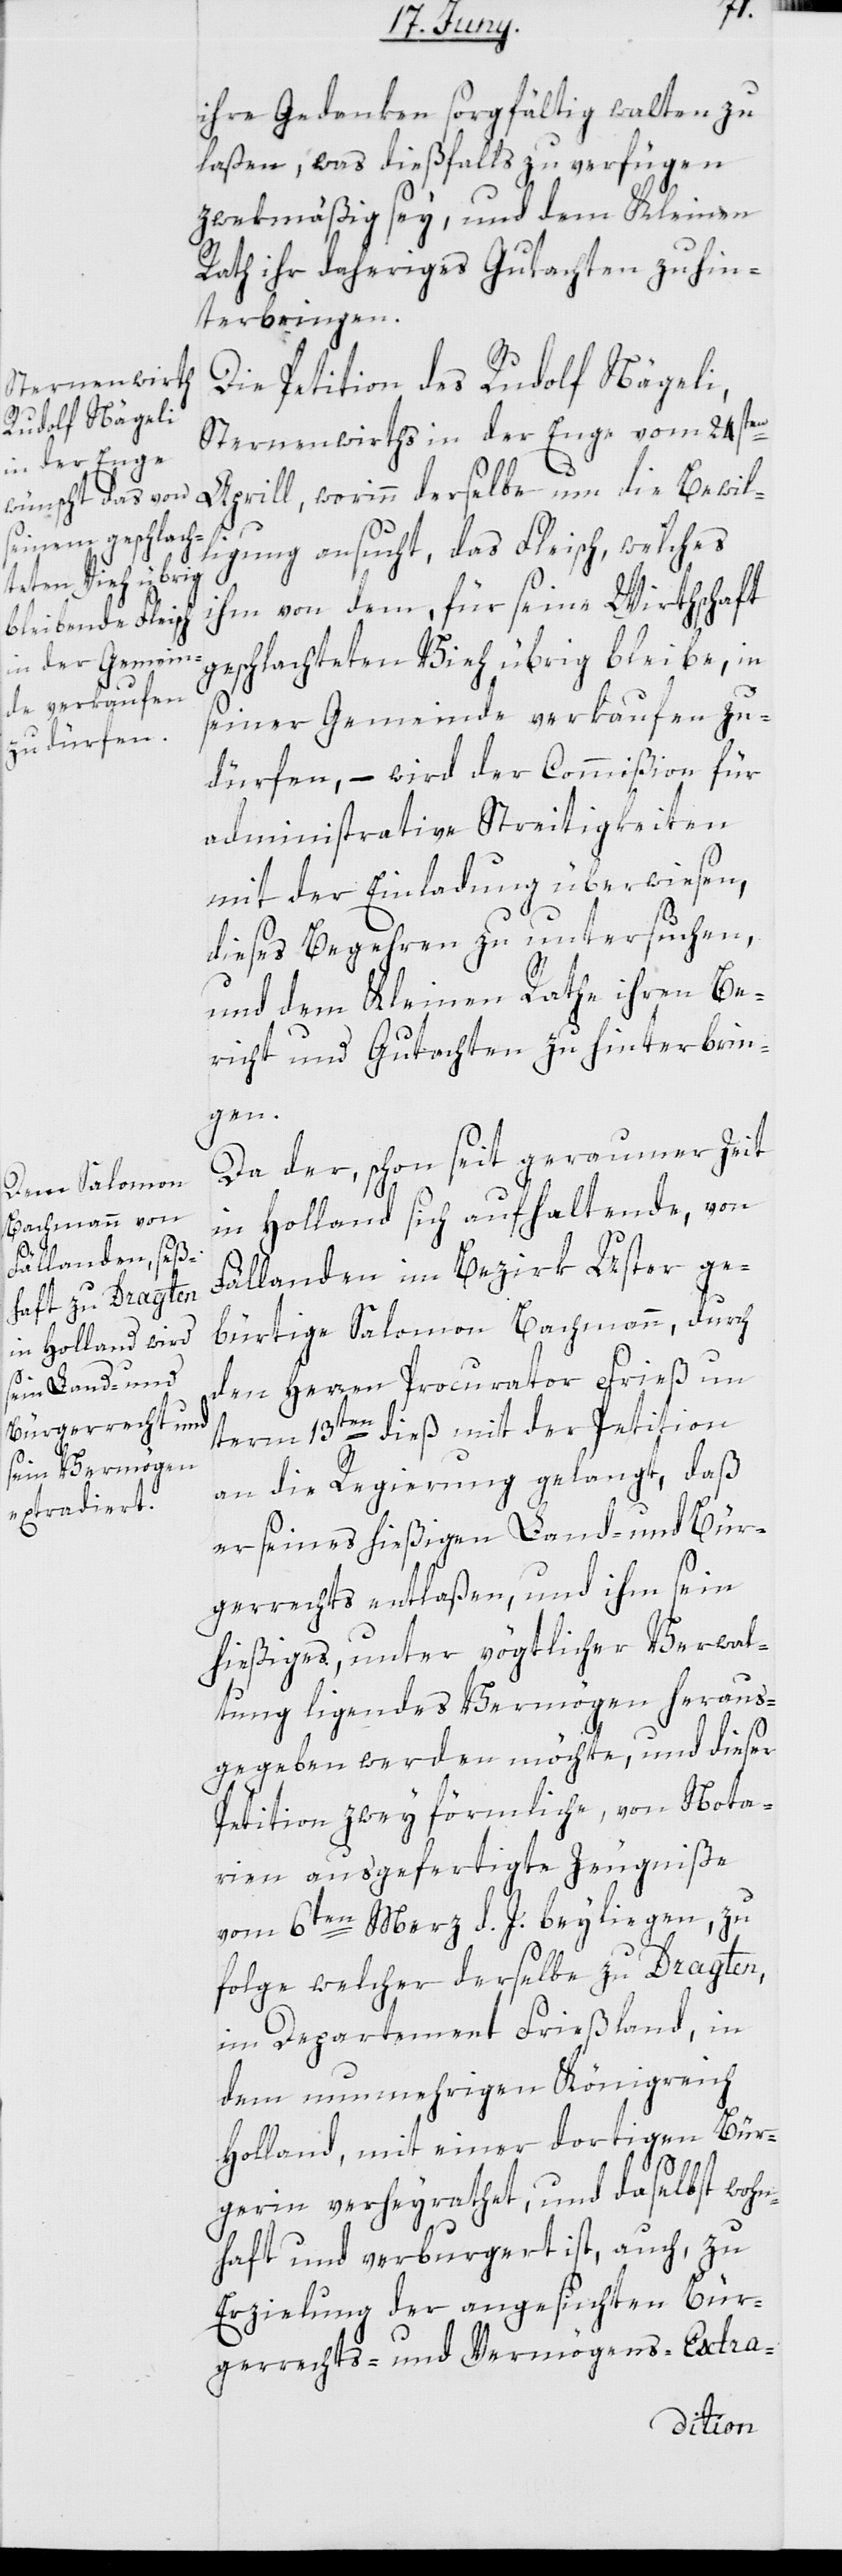
ihre Gedanken sorgfältig walten zu
laßen, was dießfalls zu verfügen
zwekmäßig sey, und dem Kleinen
Rath ihr daheriges Gutachten zu hin¬
terbringen.
Die Petition des Rudolf Nägeli,
Sternenwirths in der Enge vom 24sten
Aprill, worinn derselbe um die Bewil¬
li¬
gung ansucht, das Fleisch, welches
ihm von dem für seine Wirthschaft
geschlachteten Vieh übrig bleibe, in
seiner Gemeinde verkaufen zu
dürfen, – wird der Commißion für
administrative Streitigkeiten
mit der Einladung überwiesen,
dieses Begehren zu untersuchen,
und dem Kleinen Rathe ihren Be¬
richt und Gutachten zu hinterbrin¬
gen.
Da der, schon seit geraumer Zeit
in Holland sich aufhaltende, von
Fällanden im Bezirk Uster ge¬
bürtige Salomon Bachmann, durch
den Herren Procurator Frieß un¬
term 13ten dieß mit der Petition
an die Regierung gelangt, daß
er seines hießigen Land- und Bür¬
gerrechts entlaßen, und ihm sein
hießiges, unter vögtlicher Verwal¬
tung ligendes Vermögen heraus¬
gegeben werden möchte, und dieser
Petition zwey förmliche, von Nota¬
rien ausgefertigte Zeugniße
vom 6ten Merz d. J. beyliegen, zu
folge welcher derselbe zu Dragten,
im Departement Frießland, in
dem nunmehrigen Königreich
Holland, mit einer dortigen Bür¬
gerin verheyrathet und daselbst wohn¬
haft und verburgert ist, auch zu
Erzielung der angesuchten Bür¬
gerrechts- und Vermögens-Extra-